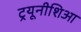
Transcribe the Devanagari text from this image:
ट्रयूनीशिआ